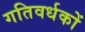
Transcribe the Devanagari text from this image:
गतिवर्धकों